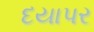
દયાપર